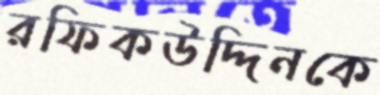
রফিকউদ্দিনকে